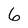
Character: 6